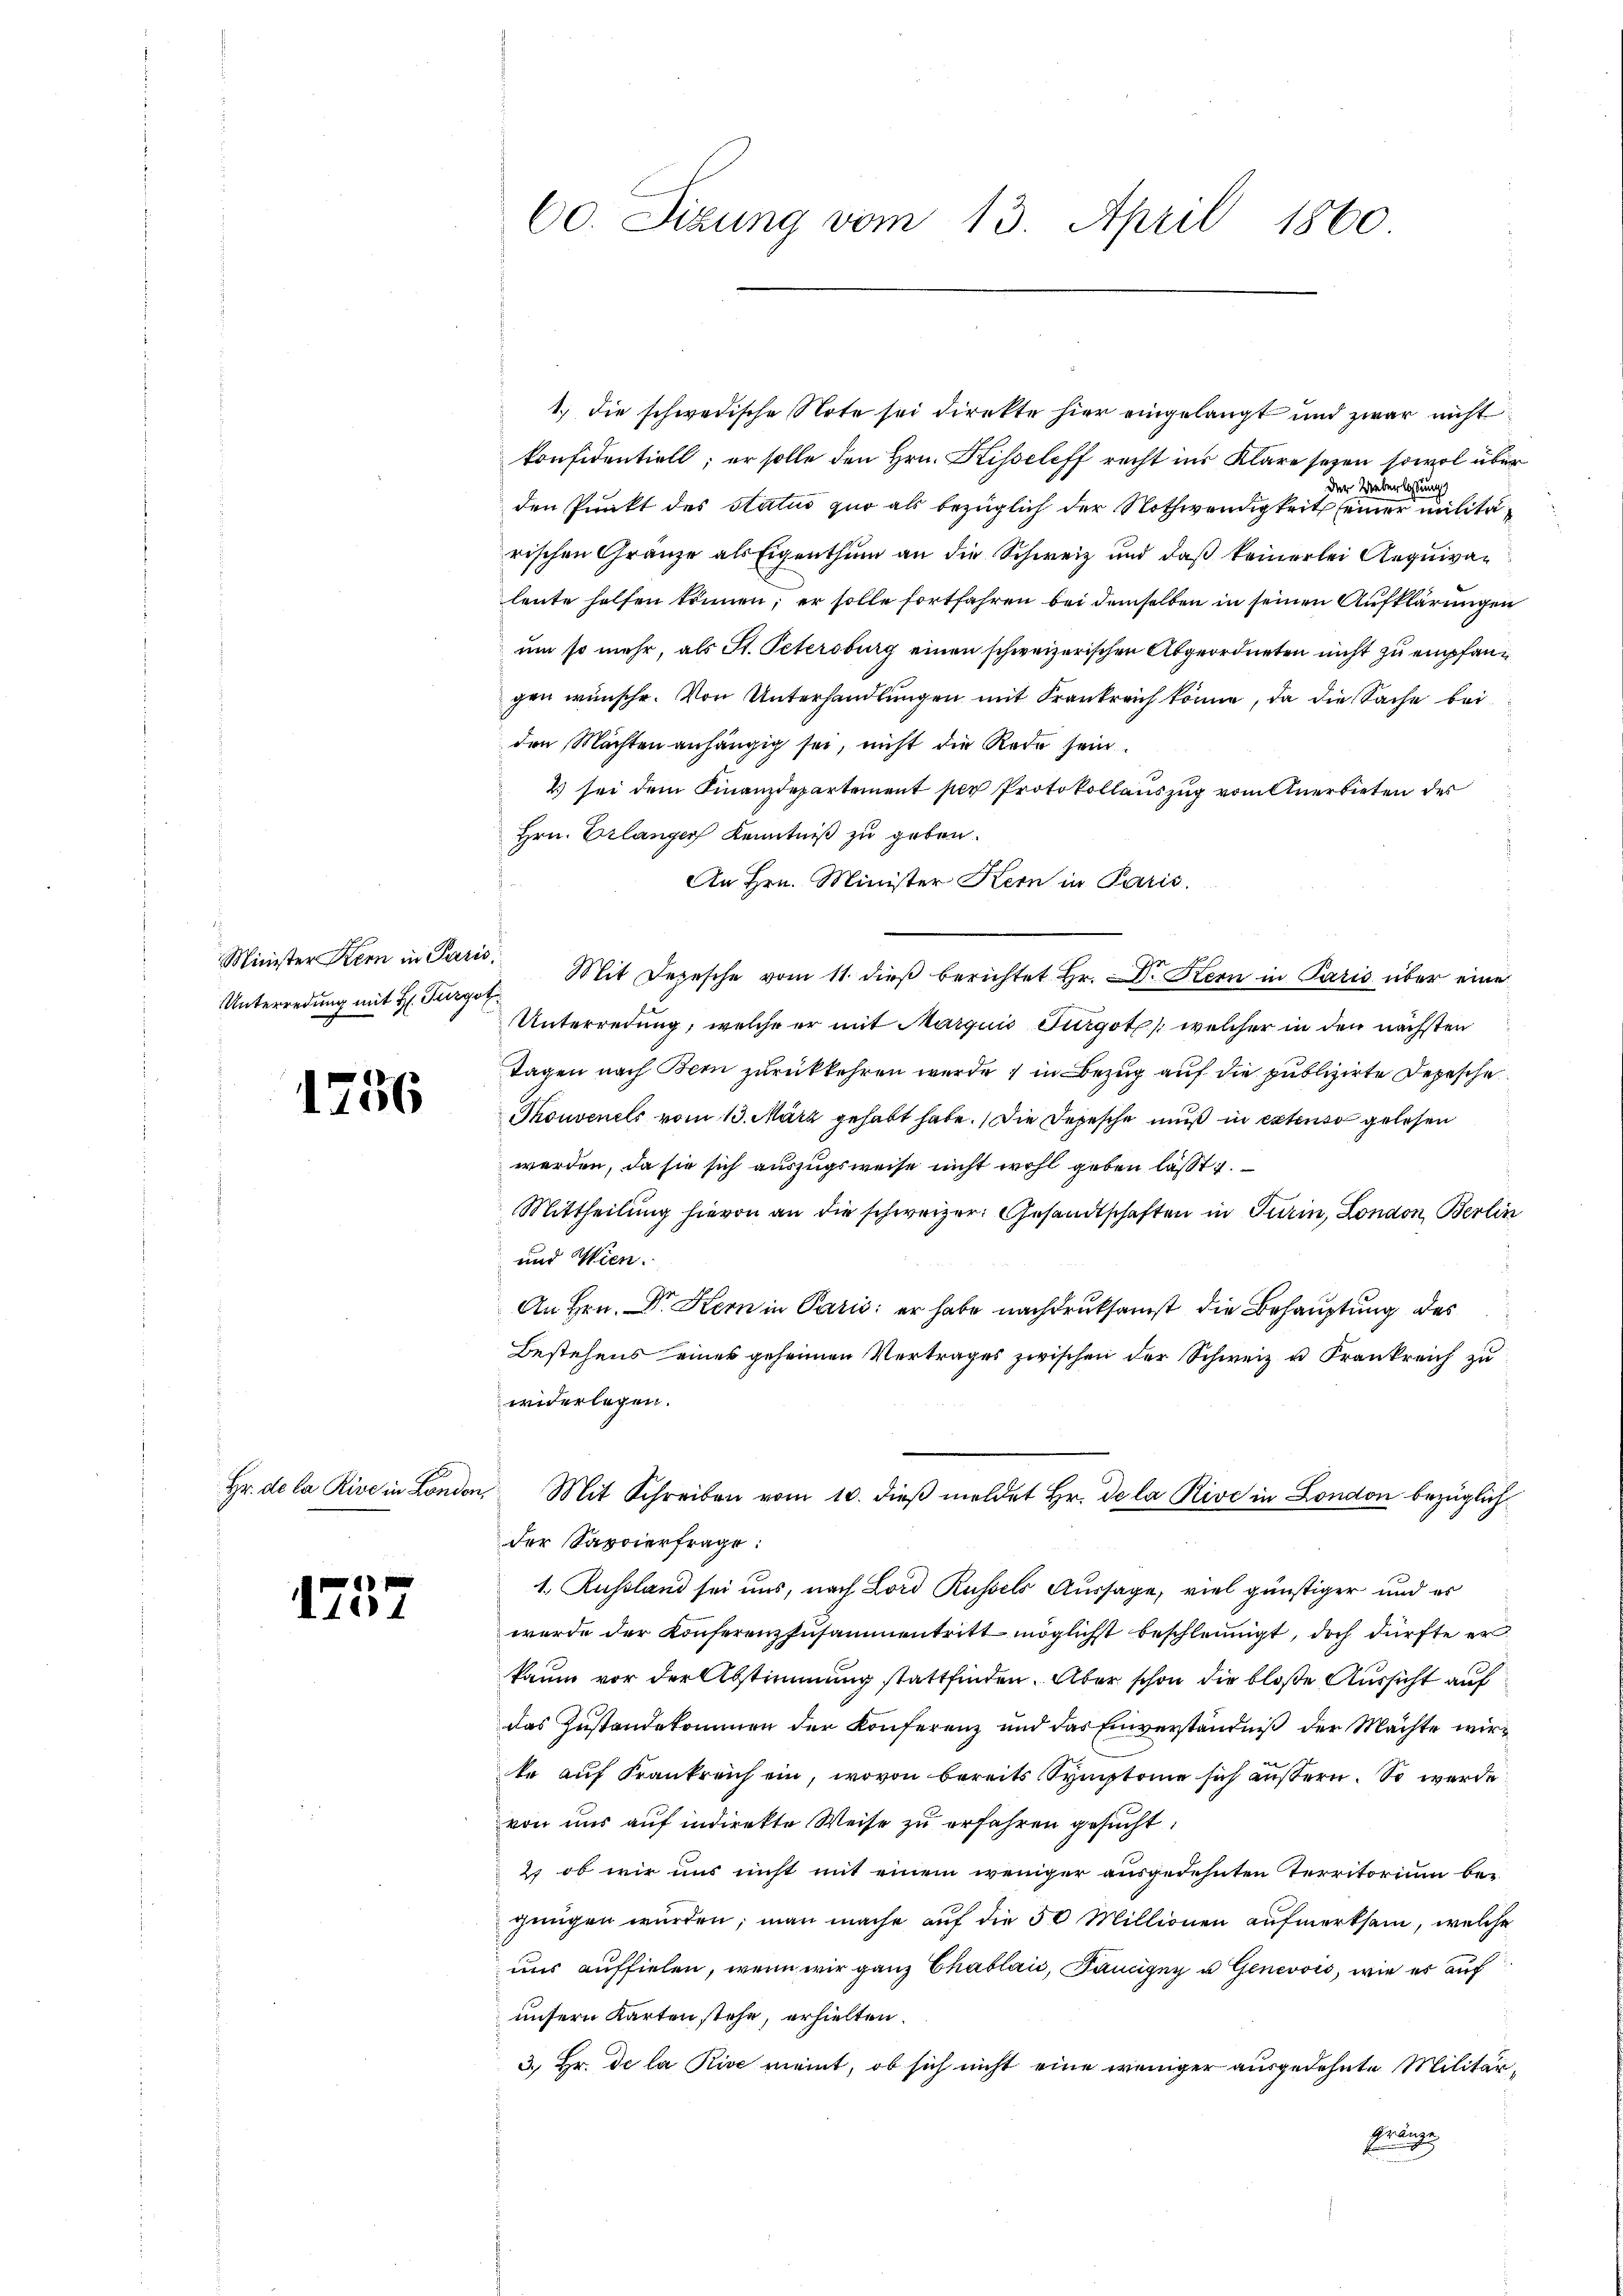
Minister Kern in Paris

1756

1101

60. Sizung vom 13. April 1860.

1.) Die schwedische Note sei direkte hier eingelangt und zwar nicht
konfidentiell; er solle den Hrn. Kisseleff recht ins Klare seyen sowol über
Der Ueberlassung
den Punkt des Status quo als bezüglich der Nothwendigkeit seiner militärischen Gränze als Eigenthum an die Schweiz und daß keinerlei Aequivaleute helfen können; er solle fortfahren bei demselben in seinen Aufklärungen
um so mehr, als St. Petersburg einen schweizerischen Abgeordneten nicht zu empfangen wünsche. Von Unterhandlungen mit Krankreich könne, da die Sache bei
den Mächten anhängig sei, nicht die Rede sein.
2) sei dem Finanzdepartement per Protokollauszug vom Anerbieten des
Hrn. Erlanger Kenntniß zu geben.
An Hrn. Minister Kern in Paris.
Unterredung mit H. Turger Mit Depesche vom 11. dieβ berichtet Hr. Dr. Hern in Paris über eine
Unterredung, welche er mit Marquis Fürgot welcher in den nächsten
Tagen nach Bern zurückkehren wurde, in Bezug auf die publizierte Depesche
Thouvenels vom 13. März gehabt habe. Die Depesche muß in extenso gelesen
werden, da sie sich auszugsweise nicht wohl geben läßt.
Mittheilung hievon an die schweizer. Gesandtschaften in Turin, London, Berlin
und Wien.
An Hrn. Dr. Hern in Paris er habe nachdruksamst die Behauptung des
Bestehens eines geheimen Vertrages zwischen der Schweiz u. Frankreich zu
widerlegen.
Hr. de la Rive in London, Mit Schreiben vom 10. dieβ meldet Hr. Dela Rive in London bezüglich
der Savoierfrage:
1. Russland sei uns, nach Lord Russels Aussage, viel günstiger und er
wurde der Konferenzzusammentritt möglicht beschleunigt, doch dürfte er
kaum vor der Abstimmung stattfinden. Aber schon die bloße Aussicht auf
das Zustandekommen der Konferenz und das Einverständniß der Machte wirte auf Frankreich ein, wovon bereits Symptomie sich äußern. So werde
von uns auf indirekte Weise zu erfahren gesucht:
2) ob wir uns nicht mit einem weniger ausgedehnten Territorium begnügen würden; man mache auf die 50 Millionen aufmerksam, welche
uns auffielen, wenn wir ganz Chablaić, Paniigny u. Genevois, wie er auf
unsern Karten stehe, erhielten.
3.) Hr. de la Rive meint, ob sich nicht eine weniger ausgedehnte Militärnange